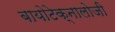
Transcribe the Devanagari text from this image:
बायोटेक्नालोजी